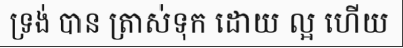
ទ្រង់ បាន ត្រាស់ទុក ដោយ ល្អ ហើយ